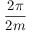
\frac { 2 \pi } { 2 m }